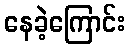
နေခဲ့ကြောင်း